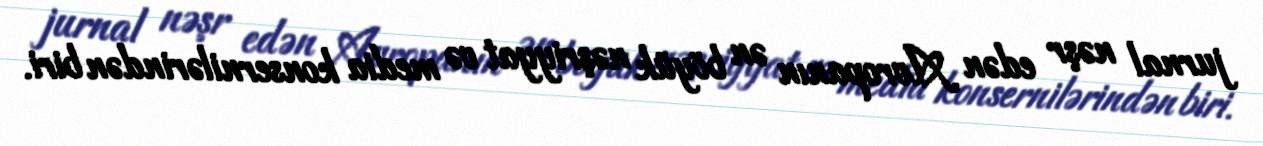
jurnal nəşr edən Avropanın ən böyük nəşriyyat və media konsernilərindən biri.